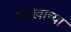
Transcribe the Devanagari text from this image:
साखाच्या